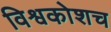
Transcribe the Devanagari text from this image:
विश्वकोशच